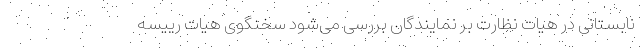
نابستانی در هیات نظارت بر نمایندگان بررسی می‌شود سخنگوی هیات رییسه